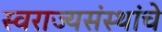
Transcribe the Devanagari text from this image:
स्वराज्यसंस्थांचे